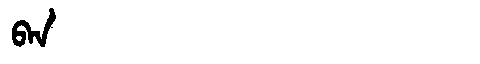
Manchu: ᠪᠠᠨ
Romanization: BAN